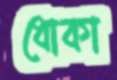
ধোকা